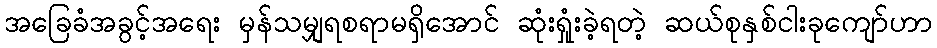
အခြေခံအခွင့်အရေး မှန်သမျှရစရာမရှိအောင် ဆုံးရှုံးခဲ့ရတဲ့ ဆယ်စုနှစ်ငါးခုကျော်ဟာ